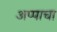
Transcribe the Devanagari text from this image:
अप्पाचा